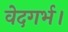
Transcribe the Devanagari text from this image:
वेदगर्भ।